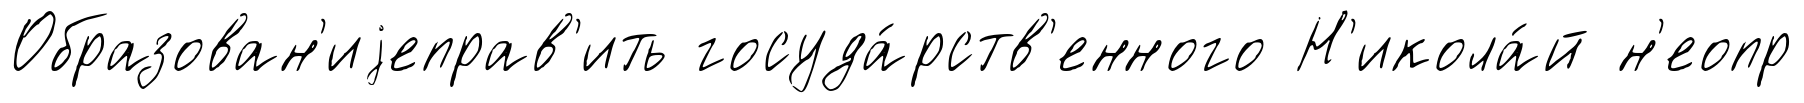
Образован'иjеправ'ить госуда́рств'енного Н'икола́й н'еопр